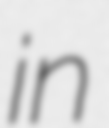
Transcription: in